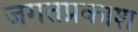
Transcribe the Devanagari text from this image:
जगतप्रकाश